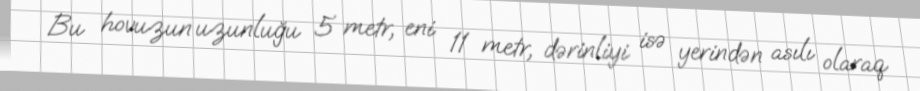
Bu hovuzun uzunluğu 5 metr, eni 11 metr, dərinliyi isə yerindən asılı olaraq